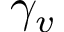
\gamma _ { v }